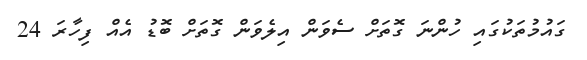
ގައުމުތަކުގައި ހުންނަ ގޮތަށް ސެވަން އިލެވަން ގޮތަށް ބޮޑު އެއް ފިހާރަ 24